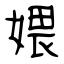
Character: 㛱